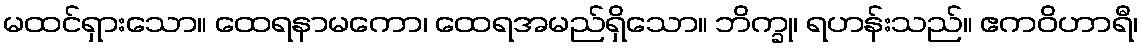
မထင်ရှားသော။ ထေရနာမကော၊ ထေရအမည်ရှိသော။ ဘိက္ခု၊ ရဟန်းသည်။ ဧကဝိဟာရီ၊